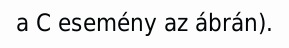
a C esemény az ábrán).